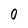
Character: 0